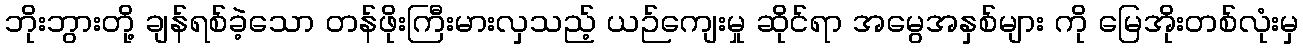
ဘိုးဘွားတို့ ချန်ရစ်ခဲ့သော တန်ဖိုးကြီးမားလှသည့် ယဉ်ကျေးမှု ဆိုင်ရာ အမွေအနှစ်များ ကို မြေအိုးတစ်လုံးမှ